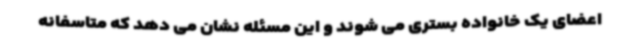
اعضای یک خانواده بستری می شوند و این مسئله نشان می دهد که متاسفانه